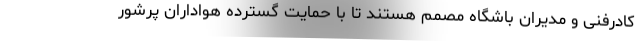
کادرفنی و مدیران باشگاه مصمم هستند تا با حمایت گسترده هواداران پرشور